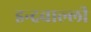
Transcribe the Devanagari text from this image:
इन्द्रवाल्ली